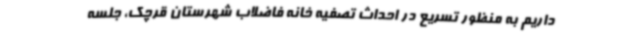
داریم به منظور تسریع در احداث تصفیه خانه فاضلاب شهرستان قرچک، جلسه